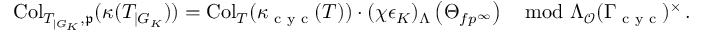
\begin{array} { r } { \begin{array} { r } { \mathrm { C o l } _ { T _ { \vert G _ { K } } , \mathfrak { p } } ( \kappa ( T _ { \vert G _ { K } } ) ) = \mathrm { C o l } _ { T } ( \kappa _ { \textup { c y c } } ( T ) ) \cdot ( \chi \epsilon _ { K } ) _ { \Lambda } \left( \Theta _ { f p ^ { \infty } } \right) \mod \Lambda _ { \mathcal { O } } ( \Gamma _ { \textup { c y c } } ) ^ { \times } \, . } \end{array} } \end{array}